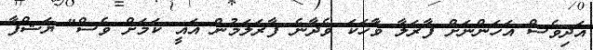
އަދިވެސް އަހަންނަށް ފާރަލާ ވާހަކަ ވެދާނެ ފާރަލަމުން އައީ ކަމަށް ވެސް" ޔަޝްފާ